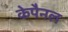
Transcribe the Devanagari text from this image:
केपैनल